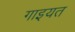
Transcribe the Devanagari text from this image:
गाइयत